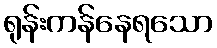
ရုန်းကန်နေရသော